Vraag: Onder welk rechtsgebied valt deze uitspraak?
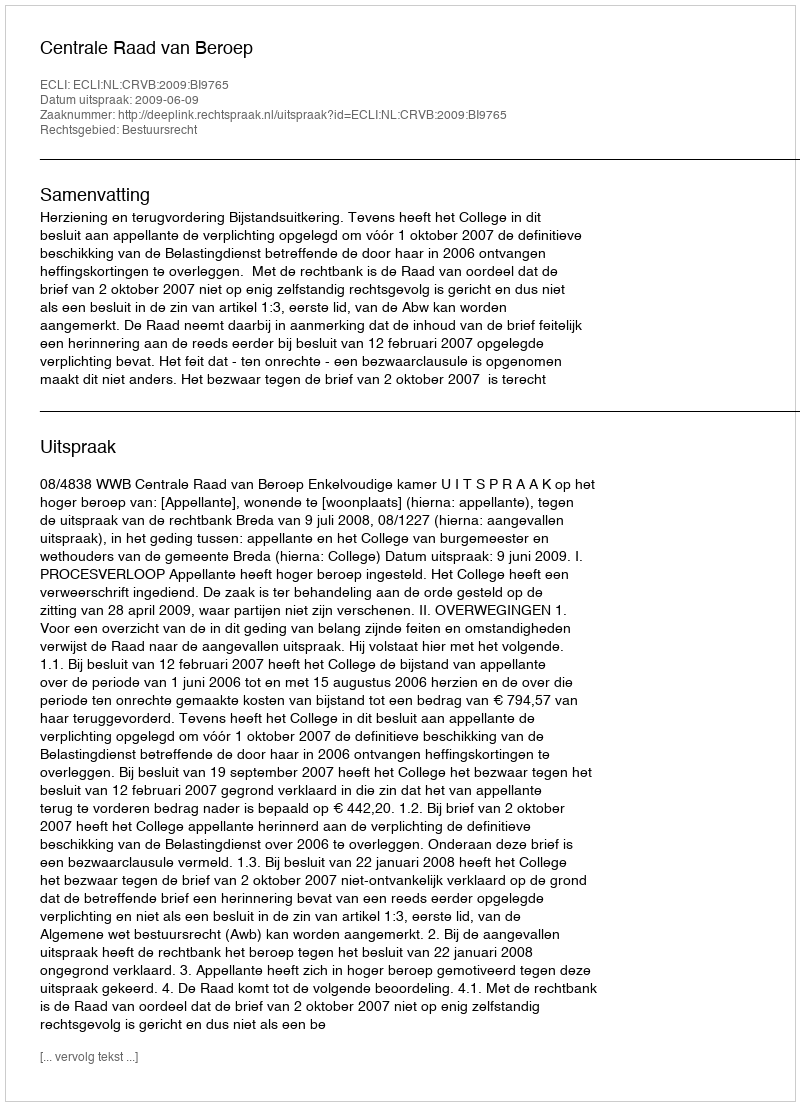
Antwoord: Bestuursrecht